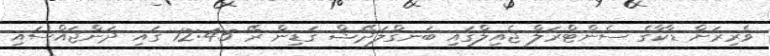
ވެރިރަށް ޑާކާގެ ސެންޓްރަލް ޖެއިލްގައި ބަނގްލަދޭޝް ގަޑިން ރޭ 12:45 ގައި ދަންޖައްސައި